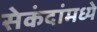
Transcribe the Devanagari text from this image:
सेकंदांमध्ये